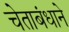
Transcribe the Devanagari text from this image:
चेताबंधाने